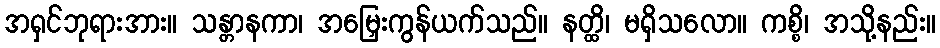
အရှင်ဘုရားအား။ သန္တာနကာ၊ အမြှေးကွန်ယက်သည်။ နတ္ထိ၊ မရှိသလော။ ကစ္စိ၊ အသို့နည်း။